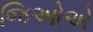
જિઓએ